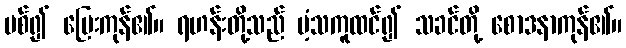
ပစ်၍ ပြေးကုန်၏။ ရဟန်းတို့သည် ပံ့သကူထင်၍ သခင်တို့ စောဒနာကုန်၏။